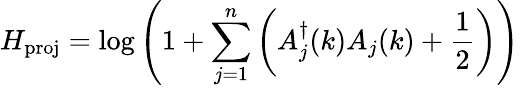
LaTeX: H_{\mathrm{proj}}=\log\left(1+\sum_{j=1}^{n}\left(A_{j}^{\dagger}(k)A_{j}(k)+{\frac{1}{2}}\right)\right)